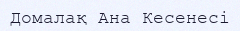
Домалақ Ана Кесенесі